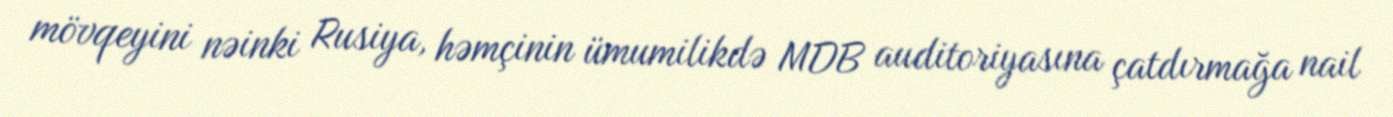
mövqeyini nəinki Rusiya, həmçinin ümumilikdə MDB auditoriyasına çatdırmağa nail